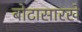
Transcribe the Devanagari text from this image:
बोटासारखे